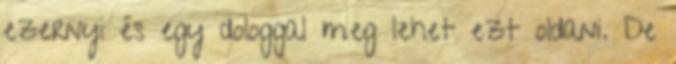
ezernyi és egy dologgal meg lehet ezt oldani. De